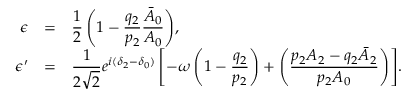
\begin{array} { r c l } { { \epsilon } } & { { = } } & { { \displaystyle { \frac { 1 } { 2 } \left( 1 - \frac { q _ { 2 } } { p _ { 2 } } \frac { \bar { A } _ { 0 } } { A _ { 0 } } \right) } , } } \\ { { \epsilon ^ { \prime } } } & { { = } } & { { \displaystyle { \frac { 1 } { 2 \sqrt { 2 } } e ^ { i ( \delta _ { 2 } - \delta _ { 0 } ) } \left[ - \omega \left( 1 - \frac { q _ { 2 } } { p _ { 2 } } \right) + \left( \frac { p _ { 2 } A _ { 2 } - q _ { 2 } \bar { A } _ { 2 } } { p _ { 2 } A _ { 0 } } \right) \right] } . } } \end{array}